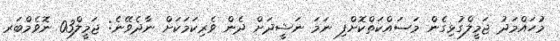
މުހައްމަދު ޖަމީލްގުޅިގެން މަސައްކަތްކޮށްފި ނަމަ ނަޝީދަށް ދެން ވެރިކަމަކަށް ނާދެވޭނެ: ޖަމީލް03 ނޮވެމްބަރ